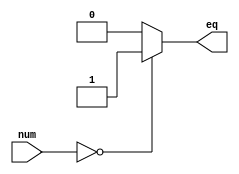
module zero_comparator(num, eq);
	
	input [31:0] num;
	
	output eq;
	
	assign eq = (num==0) ? 1 : 0;
	
endmodule